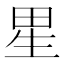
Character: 𰣀